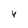
Character: 4